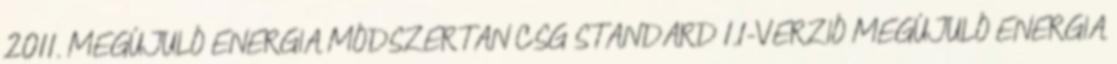
2011. MEGÚJULÓ ENERGIA MÓDSZERTAN CSG STANDARD 1.1-VERZIÓ MEGÚJULÓ ENERGIA